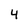
Character: 4